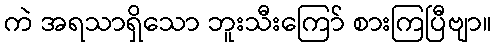
ကဲ အရသာရှိသော ဘူးသီးကြော် စားကြပြီဗျာ။